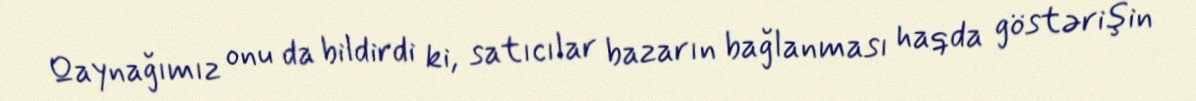
Qaynağımız onu da bildirdi ki, satıcılar bazarın bağlanması haqda göstərişin